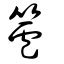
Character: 籚